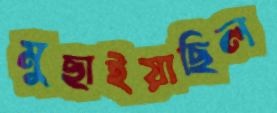
মুছাইয়াছিল